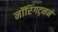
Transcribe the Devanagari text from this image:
नॉरिंगट्नने